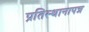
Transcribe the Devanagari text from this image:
प्रतिस्थानापन्न